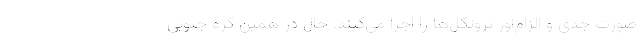
صورت جدی و الزام‌آور پروتکل‌ها را اجرا می‌کنند. حال در همین کره جنوبی